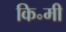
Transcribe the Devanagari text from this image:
कि॰मी